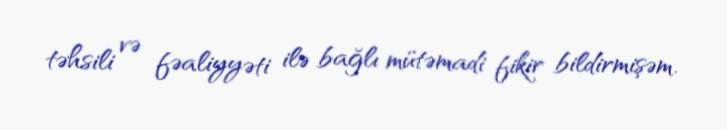
təhsili və fəaliyyəti ilə bağlı mütəmadi fikir bildirmişəm.